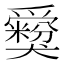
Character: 𤕃